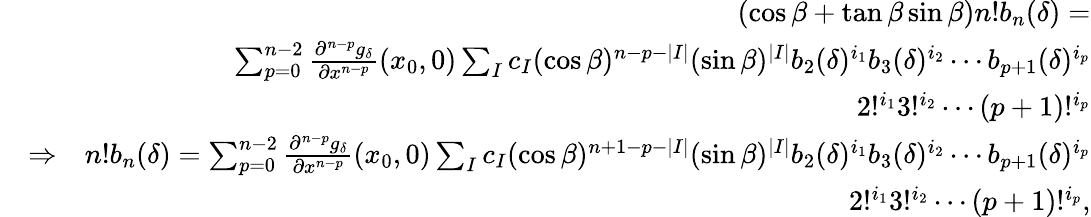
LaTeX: \begin{array}{rlr}&{}&{(\cos\beta+\tan\beta\sin\beta)n!b_{n}(\delta)=}\\ &{}&{\sum_{p=0}^{n-2}\frac{\partial^{n-p}g_{\delta}}{\partial x^{n-p}}(x_{0},0)\sum_{I}c_{I}(\cos\beta)^{n-p-|I|}(\sin\beta)^{|I|}b_{2}(\delta)^{i_{1}}b_{3}(\delta)^{i_{2}}\cdots b_{p+1}(\delta)^{i_{p}}}\\ &{}&{2!^{i_{1}}3!^{i_{2}}\cdots(p+1)!^{i_{p}}}\\ &{\Rightarrow}&{n!b_{n}(\delta)=\sum_{p=0}^{n-2}\frac{\partial^{n-p}g_{\delta}}{\partial x^{n-p}}(x_{0},0)\sum_{I}c_{I}(\cos\beta)^{n+1-p-|I|}(\sin\beta)^{|I|}b_{2}(\delta)^{i_{1}}b_{3}(\delta)^{i_{2}}\cdots b_{p+1}(\delta)^{i_{p}}}\\ &{}&{2!^{i_{1}}3!^{i_{2}}\cdots(p+1)!^{i_{p}},}\end{array}